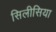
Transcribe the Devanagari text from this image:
सिलीसिया